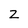
Character: Z